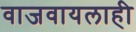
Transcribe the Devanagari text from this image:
वाजवायलाही